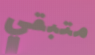
متبقي